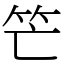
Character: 笀